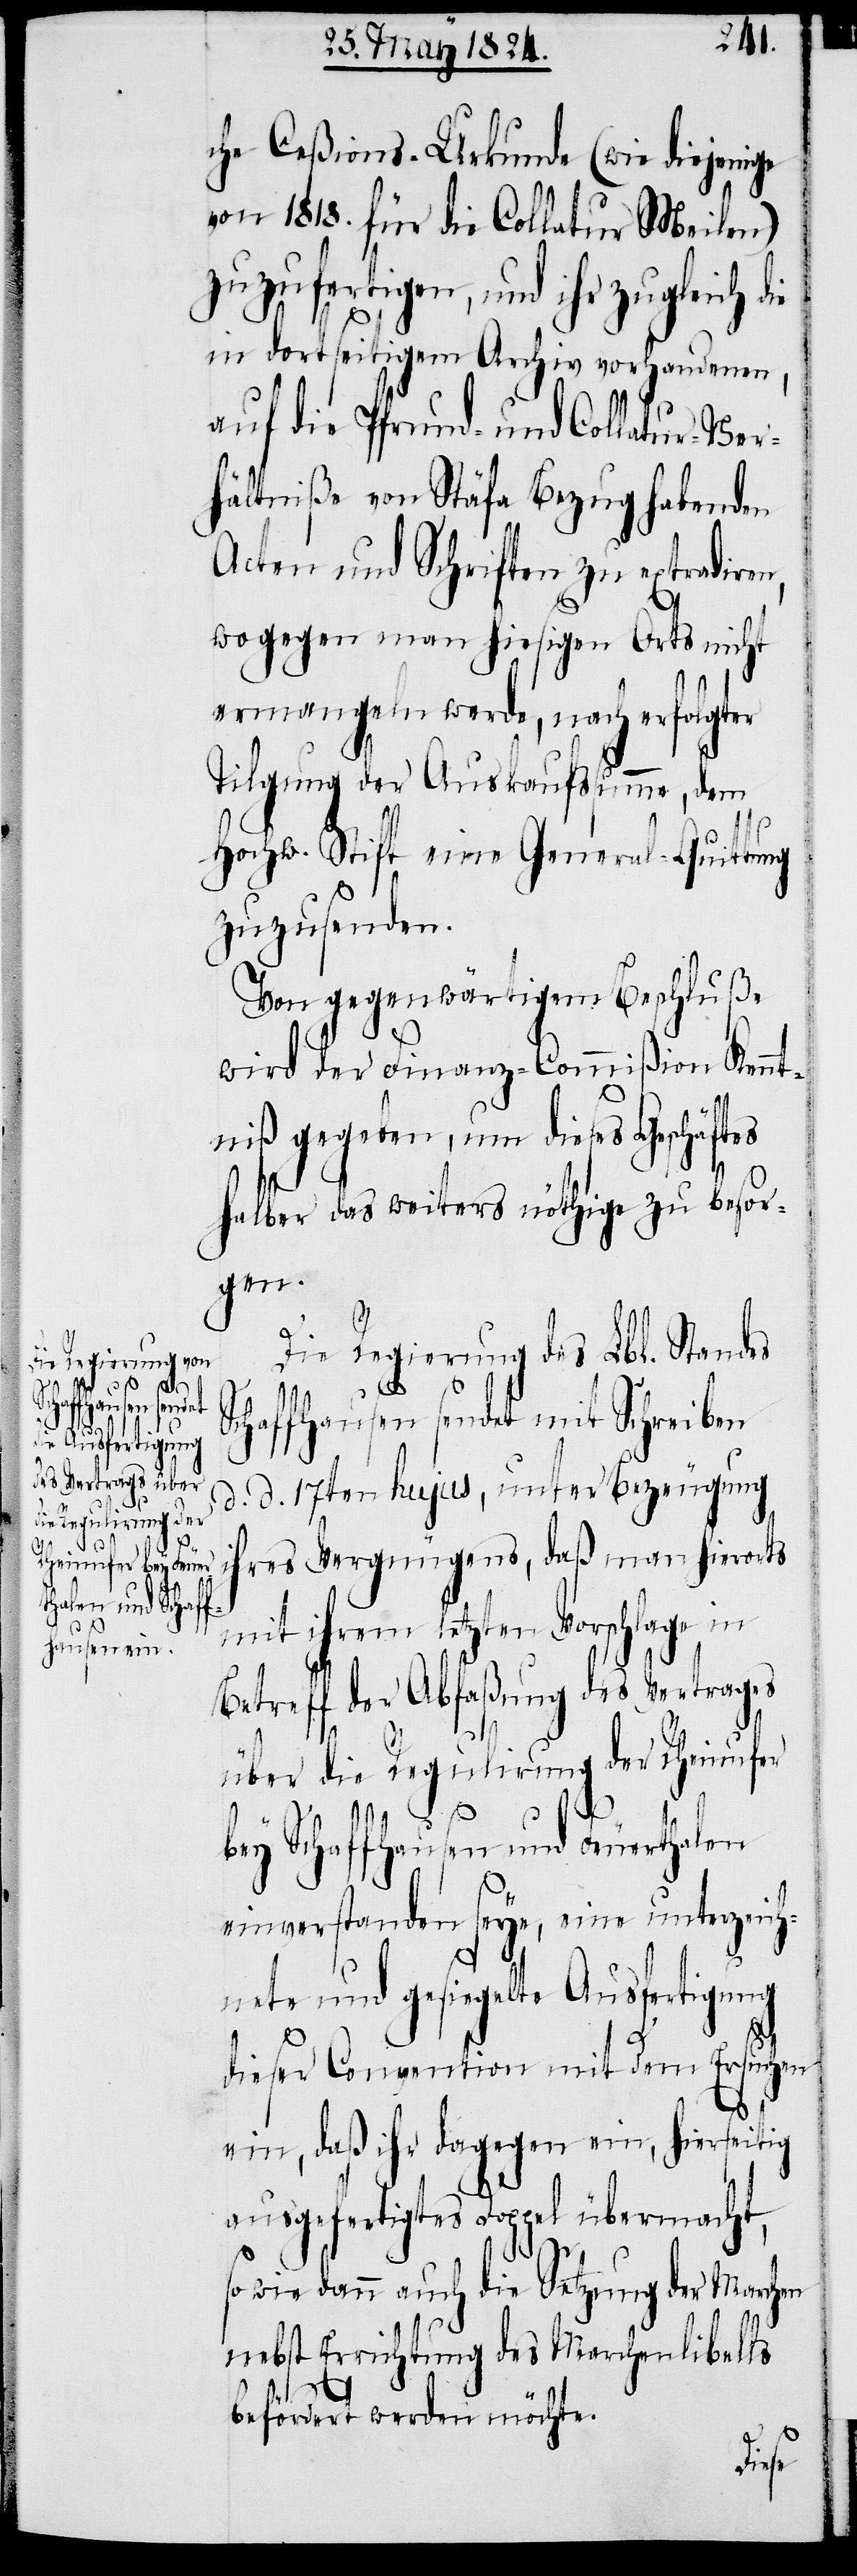
che Ceßions-Urkunde (wie diejenige
von 1818. für die Collatur Meilen)
zuzufertigen, und ihr zugleich d¬
in dortseitigem Archiv vorhandenen,
auf die Pfrund- und Collatur-Ver¬
hältniße von Stäfa Bezug habenden
Acten und Schriften zu extradiren
wogegen man hiesigen Orts nicht
ermangeln werde, nach erfolgter
Tilgung der Auskaufssumme, dem
Hochw. Stift eine General-Quittung
zuzusenden.
Von gegenwärtigem Beschluße
wird der Finanz-Commißion Kennt¬
niß gegeben, um dieses Geschäftes
halber das weiters nöthige zu besor¬
gen.
ie
Die Regierung des Lbl. Standes
s¬
chaffhausen sendet mit Schreiben
d. d. 17ten hujus, unter Bezeugung
ihres Vergnügens, daß man hierorts
mit ihrem letzten Vorschlage in
Betreff der Abfaßung des Vertrages
über die Regulirung der Rheinufer
bey Schaffhausen und Feuerthalen
einverstanden seye, eine unterzeich¬
nete und gesiegelte Ausfertigung
dieser Convention mit dem Ersuchen
ein, daß ihr dagegen ein, hierseitig
ausgefertigtes Doppel übermacht,
owie dann auch die Setzung der Marchen
nebst Errichtung des Marchenlibells
befördert werden möchte.